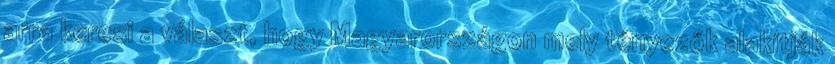
arra keresi a választ, hogy Magyarországon mely tényezők alakítják